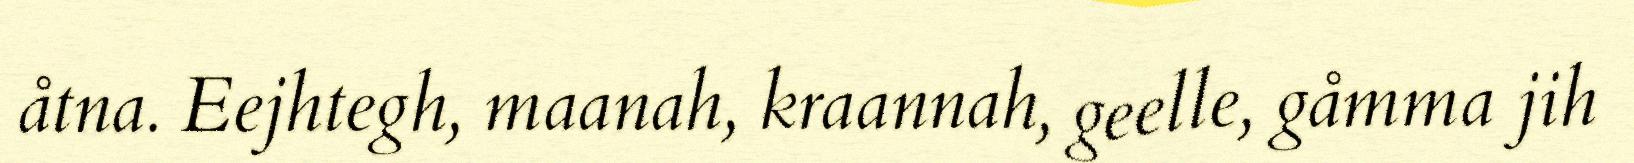
åtna. Eejhtegh, maanah, kraannah, geelle, gåmma jih